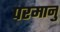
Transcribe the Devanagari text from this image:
परमानु